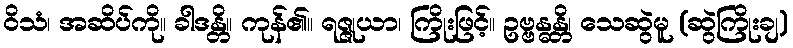
ဝိသံ၊ အဆိပ်ကို။ ခါဒန္တိ။ ကုန်၏။ ရဇ္ဇုယာ၊ ကြိုးဖြင့်။ ဥဗ္ဗန္ဓန္တိ၊ သေဆွဲမူ (ဆွဲကြိုးချ)